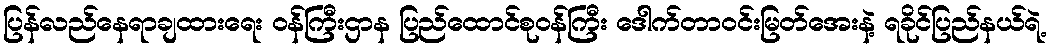
ပြန်လည်နေရာချထားရေး ဝန်ကြီးဌာန ပြည်ထောင်စုဝန်ကြီး ဒေါက်တာဝင်းမြတ်အေးနဲ့ ရခိုင်ပြည်နယ်ရဲ့